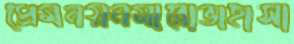
প্রেমনয়নমারোভাহাসা